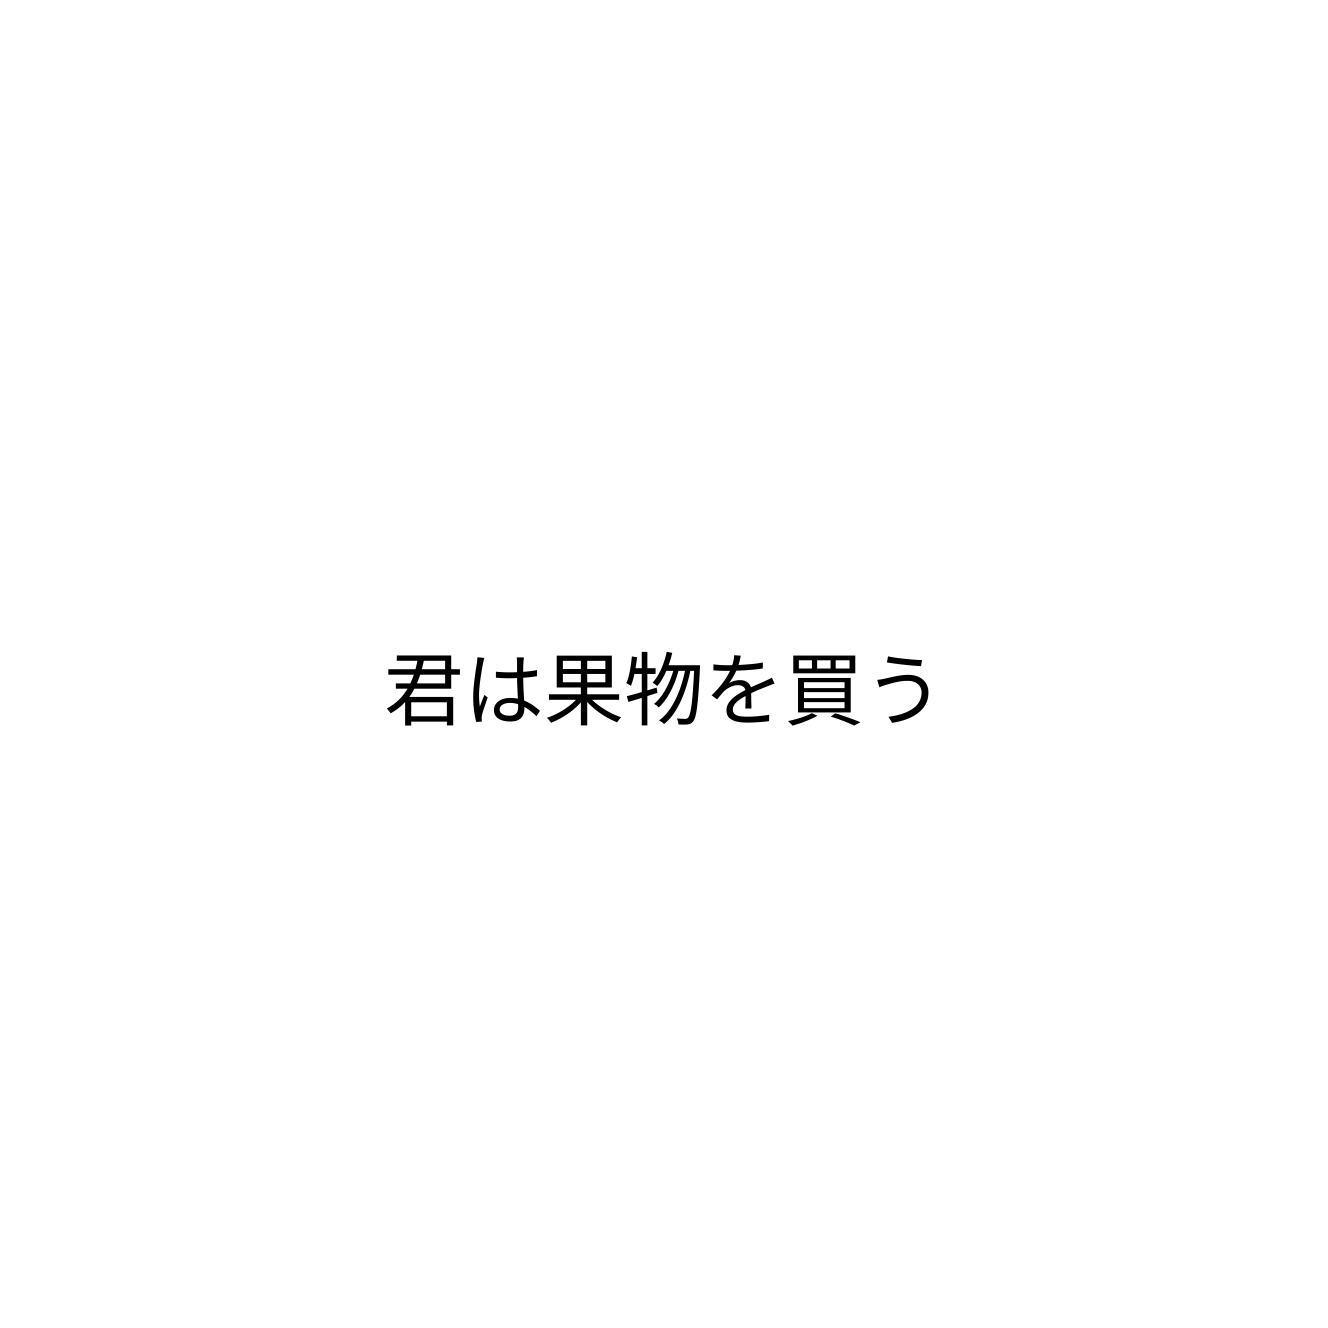
君は果物を買う